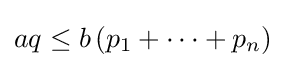
aq\leq b\left(p_{1}+\cdots +p_{n}\right)